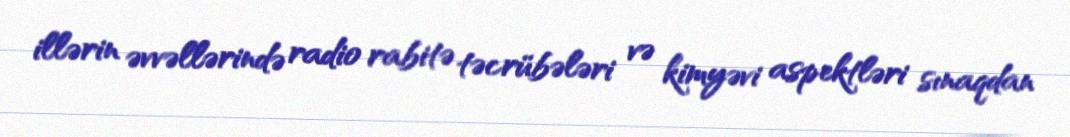
illərin əvvəllərində radio rabitə təcrübələri və kimyəvi aspektləri sınaqdan